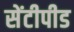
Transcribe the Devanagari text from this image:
सेंटीपीड